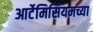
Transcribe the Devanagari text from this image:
आर्टेमिसियमच्या